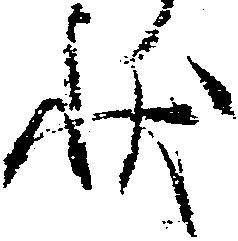
状